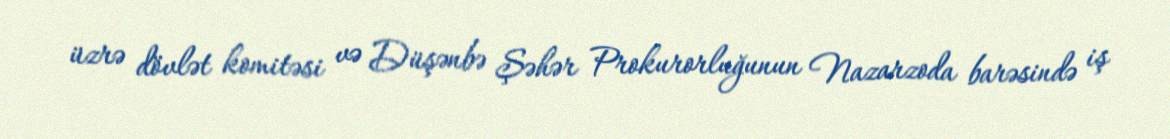
üzrə dövlət komitəsi və Düşənbə Şəhər Prokurorluğunun Nazarzoda barəsində iş